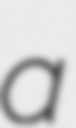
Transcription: a